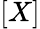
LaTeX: [X]